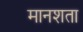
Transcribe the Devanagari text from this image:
मानशता